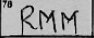
Transcription: RMM